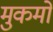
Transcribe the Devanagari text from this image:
मुकमो